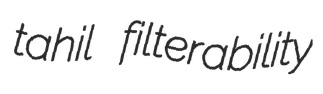
tahil filterability